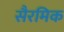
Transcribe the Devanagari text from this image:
सैरमिक